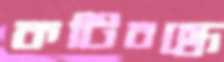
কটিবন্ধে